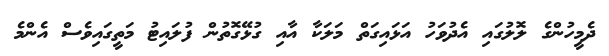
ދެމީހުންގެ ލޮލުގައި އެދުވަހު އަޅައިގަތް މަލަކާ އާއި ގުޅޭގޮތުން ފުލައިޓު މަތީގައިވެސް އެންމެ